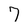
Character: 7